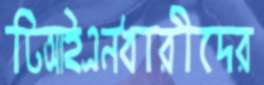
টিআইএনধারীদের